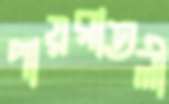
পায়রাতলী